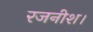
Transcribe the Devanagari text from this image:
रजनीश।